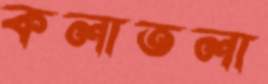
কলাতলা